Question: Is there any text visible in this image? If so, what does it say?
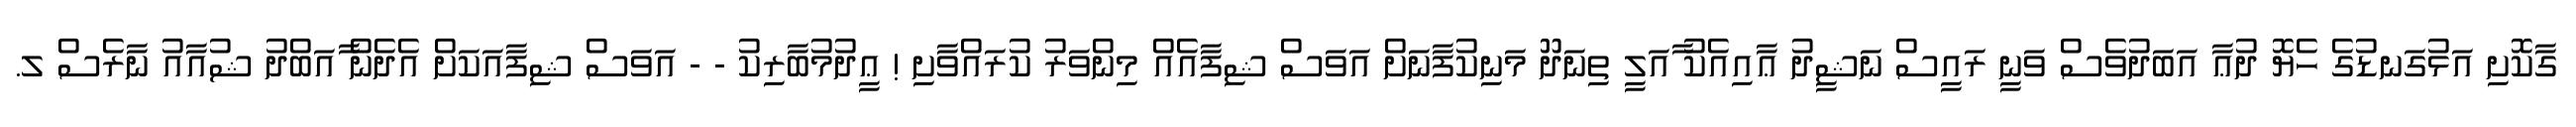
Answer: ގާކޮށި އަޅުގަނޑުގެ ހެޔޮ ދުޢާ އަބަދުވެސް ވަނީ ރައީސް ނަޝީދު ޢާއިއެކު ާއަލީ ތިނަދޫ މަނިކުފާނަށް އަވަސް ޝިފާއެއް މިންވަރު ކުރައްވާށި ! ޢީދުމުބާރިކު - - އަވަސް ޝިފާއަކަށް އެދެން ާއަބްދު ޝުއާއު ނާރެސް ލ.